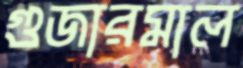
গুজারমাল